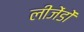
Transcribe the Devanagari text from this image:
लीजेंडों